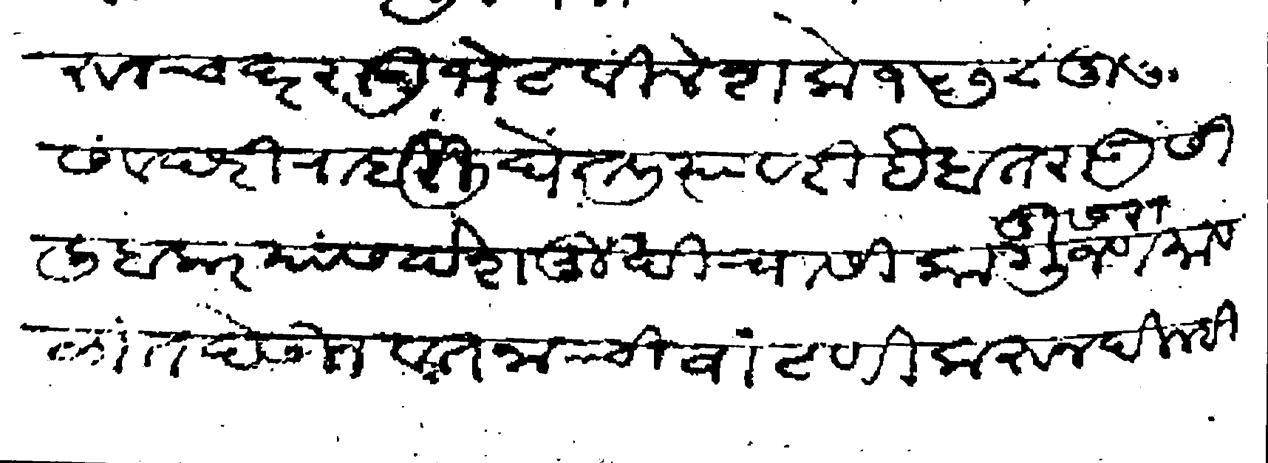
Transliteration (Devanagari): देशमुख ताा गुंजणमावळ यांणी मध्यस्ती करून चंदरराऊ भेटविले शके १५७८ दुर्मुखी संवछरी राईरी घेतली त्यावरी हैबतराऊ सिलिबकर यांस देशमुखीचा सिका दुसरा गुंजणमावळांत देऊन वतनाची वाटणी करून दिल्ही